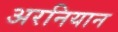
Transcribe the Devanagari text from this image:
अरनियान